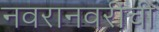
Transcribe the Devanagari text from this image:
नवरानवरींची